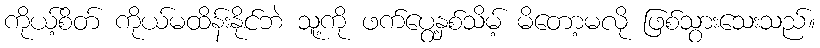
ကိုယ့်စိတ် ကိုယ်မထိန်းနိုင်ဘဲ သူ့ကို ဖက်ပွေ့နှစ်သိမ့် မိတော့မလို ဖြစ်သွားသေးသည်။